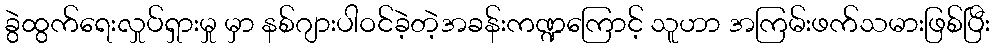
ခွဲထွက်ရေးလှုပ်ရှားမှု မှာ နစ်ဂျားပါဝင်ခဲ့တဲ့အခန်းကဏ္ဍကြောင့် သူဟာ အကြမ်းဖက်သမားဖြစ်ပြီး